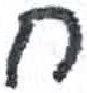
אות: ח